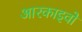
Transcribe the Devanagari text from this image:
आरकाइवों